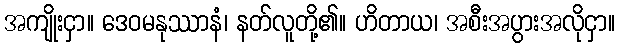
အကျိုးငှာ။ ဒေဝမနုဿာနံ၊ နတ်လူတို့၏။ ဟိတာယ၊ အစီးအပွားအလိုငှာ။